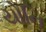
યોનિ